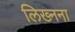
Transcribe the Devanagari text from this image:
लिख्नना